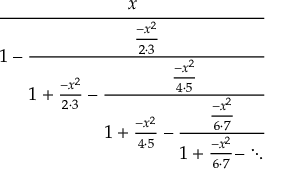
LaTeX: \cfrac { x } { 1 - { \cfrac { \frac { - x ^ { 2 } } { 2 \cdot 3 } } { 1 + { \frac { - x ^ { 2 } } { 2 \cdot 3 } } - { \cfrac { \frac { - x ^ { 2 } } { 4 \cdot 5 } } { 1 + { \frac { - x ^ { 2 } } { 4 \cdot 5 } } - { \cfrac { \frac { - x ^ { 2 } } { 6 \cdot 7 } } { 1 + { \frac { - x ^ { 2 } } { 6 \cdot 7 } } - \ddots } } } } } } }